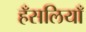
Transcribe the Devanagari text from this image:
हँसलियाँ